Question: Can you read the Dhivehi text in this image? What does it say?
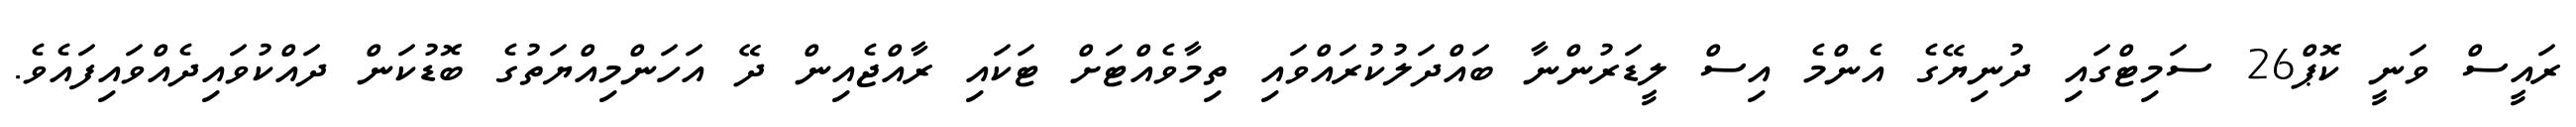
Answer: ރައީސް ވަނީ ކޮޕް26 ސަމިޓްގައި ދުނިޔޭގެ އެންމެ އިސް ލީޑަރުންނާ ބައްދަލުކުރައްވައި ތިމާވެއްޓަށް ޓަކައި ރާއްޖެއިން ދޭ އަހަންމިއްޔަތުގެ ބޮޑުކަން ދައްކުވައިދެއްވައިފައެވެ.